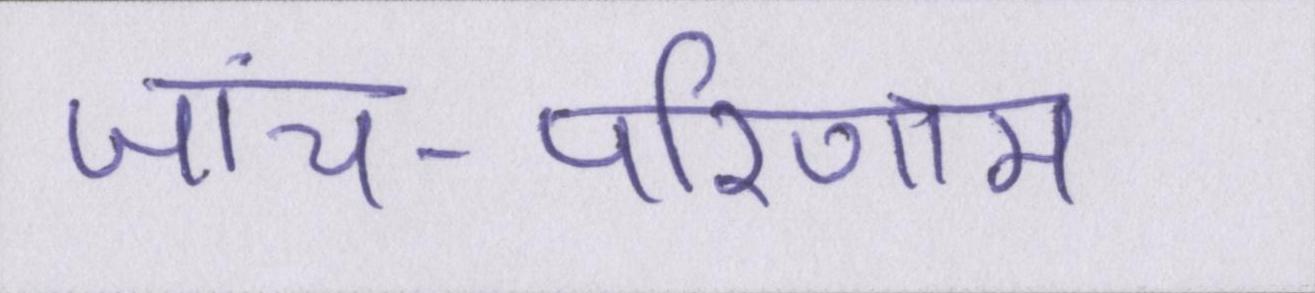
जांच-परिणाम